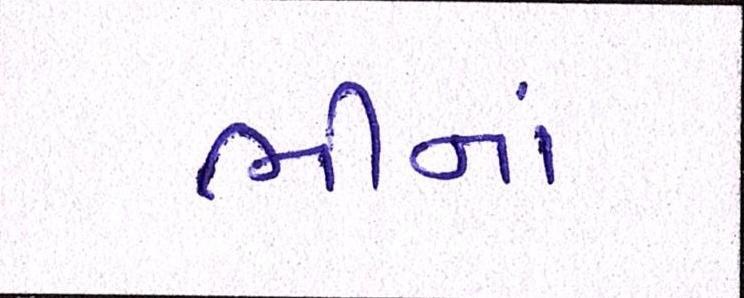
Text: ભીનાં